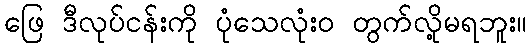
ဖြေ ဒီလုပ်ငန်းကို ပုံသေလုံးဝ တွက်လို့မရဘူး။